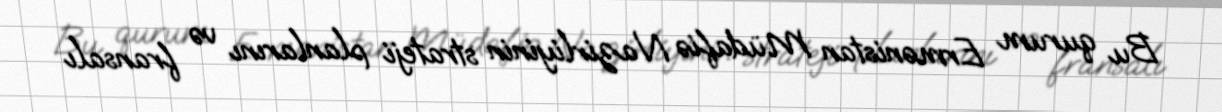
Bu qurum Ermənistan Müdafiə Nazirliyinin strateji planlarını və fransalı